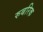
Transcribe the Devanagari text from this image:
रुबरिक